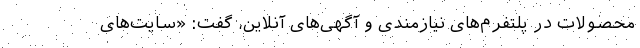
محصولات در پلتفرم‌های نیازمندی و آگهی‌های آنلاین، گفت: «سایت‌های